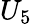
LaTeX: U_{5}